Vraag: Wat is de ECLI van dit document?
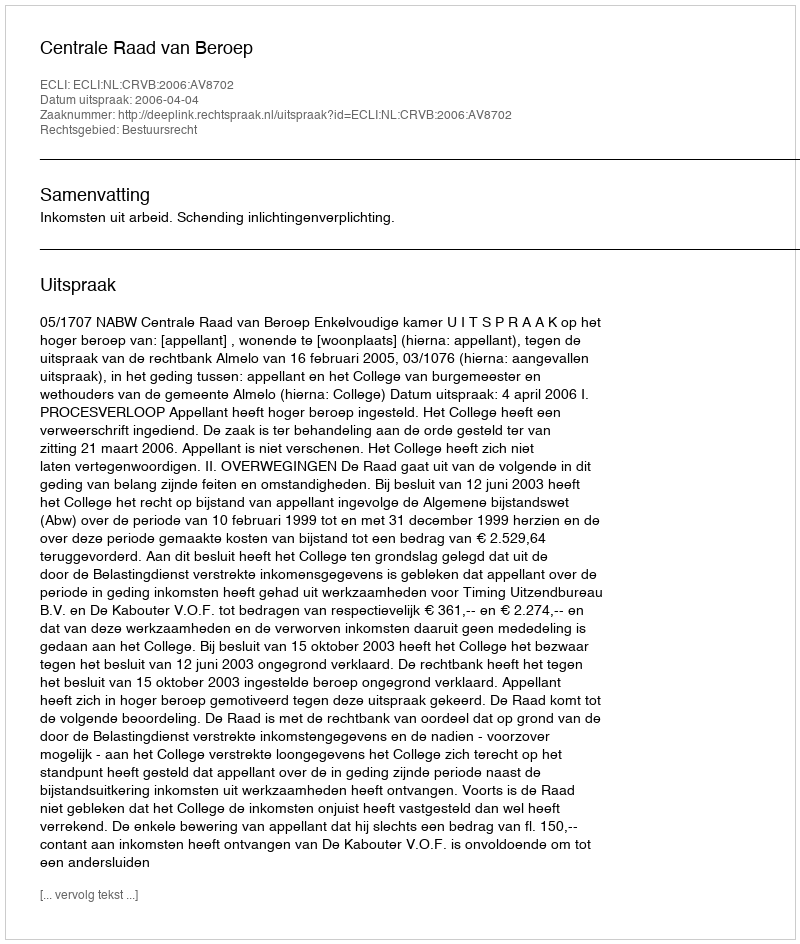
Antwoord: ECLI:NL:CRVB:2006:AV8702